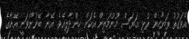
އެވަގުތު ރަޔާހީން ރުޅި އަޔަސް މޫނުމަތިން އެކަން ހިންދާލިއެވެ. އޭނާ ބޭނުންވަނީ އޭނާގެ